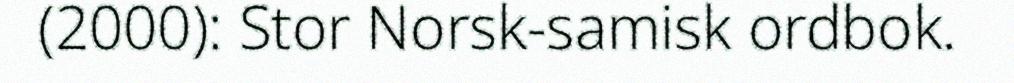
(2000): Stor Norsk-samisk ordbok.